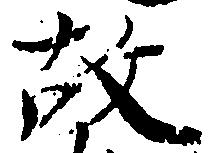
故